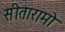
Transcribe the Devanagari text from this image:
सीतारामो